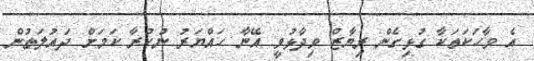
އެ ވާހަކަތަކާ ގުޅިގެން ރިޔާޒް ވިދާޅުވީ އޭނާ ހައްޔަރު ނުކުރާ ކަމަށް ދައުލަތުން